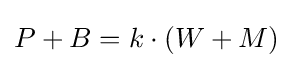
\textstyle P+B=k\cdot (W+M)\,\